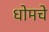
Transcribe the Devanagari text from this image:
धोमचे